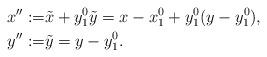
LaTeX: \begin{align*}x'':=& \tilde x+y_1^0 \tilde y = x-x_1^0 + y_1^0 (y-y_1^0), \\y'':=&\tilde y = y-y_1^0.\end{align*}